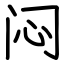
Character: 闷